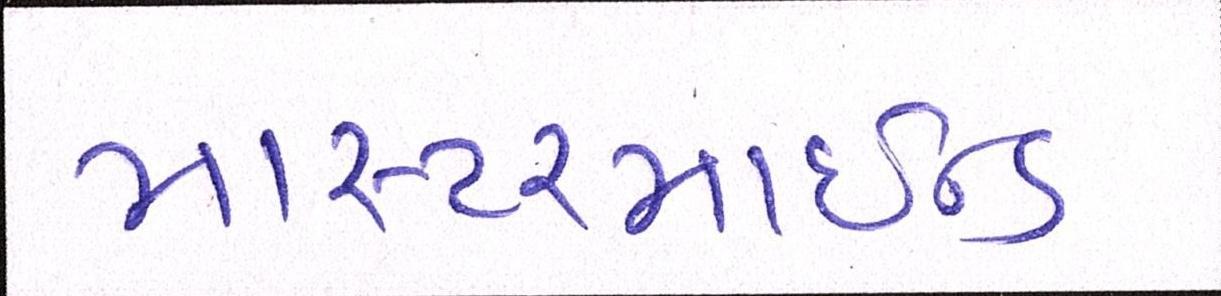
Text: માસ્ટરમાઈન્ડ